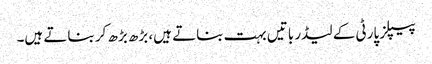
پیپلز پارٹی کے لیڈر باتیں بہت بناتے ہیں، بڑھ بڑھ کر بناتے ہیں۔